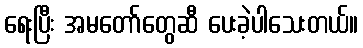
ရေးပြီး အမတော်တွေဆီ ပေးခဲ့ပါသေးတယ်။